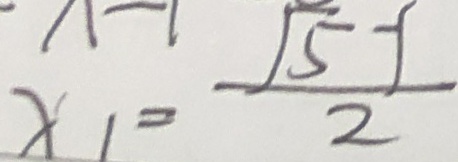
x _ { 1 } = \frac { \sqrt { 5 } - 1 } { 2 }